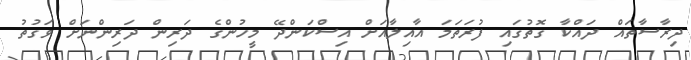
ދިރާސާތައް ދައްކާ ގޮތުގައި ފުރަތަމަ އާއިލާއަށް އިސްކަންދޭ މީހުންގެ ދަރިން ދަރިންނަށް ވަގުތު